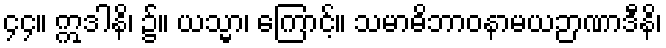
၄၄။ ဣဒါနိ၊ ၌။ ယသ္မာ၊ ကြောင့်။ သမာဓိဘာဝနာမယဉာဏာဒီနိ၊